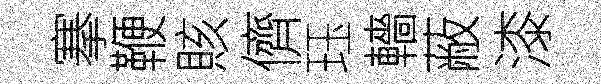
搴鞭賅儕珏轖蔽漆